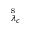
^ \mathrm { { s } } _ { \lambda _ { c } }